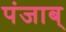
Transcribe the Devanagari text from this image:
पंजाब्